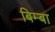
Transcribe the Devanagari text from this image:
बिम्बा